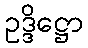
ဥဒ္ဒိဋ္ဌော